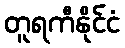
တူရကီနိုင်ငံ